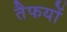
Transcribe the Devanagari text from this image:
तैफयों